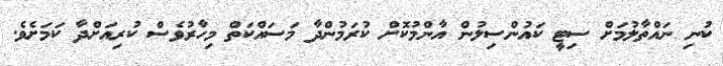
ކުނި ނައްތާލުމަށް ސިޓީ ކައުންސިލުން އާންމުކޮށް ކުރަމުންދާ މަސައްކަތް މިހާރުވެސް ކުރިއަށްދާ ކަމަށެވެ.